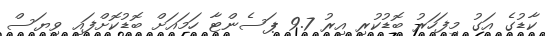
ކާޑުގެ އަގު މިފަހަރު ބޮޑުކުރި އިރު 9.7 ޕަސެންޓާ ހަމައަށް ބޮޑުކޮށްފައި ވިޔަސް